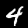
Digit: 4